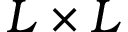
L \times L